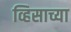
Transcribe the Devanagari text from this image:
व्हिसाच्या